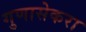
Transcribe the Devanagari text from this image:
गुणासेकरा